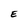
Character: E